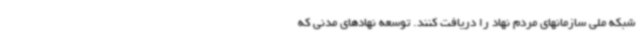
شبکه ملی سازمانهای مردم نهاد را دریافت کنند. توسعه نهادهای مدنی که